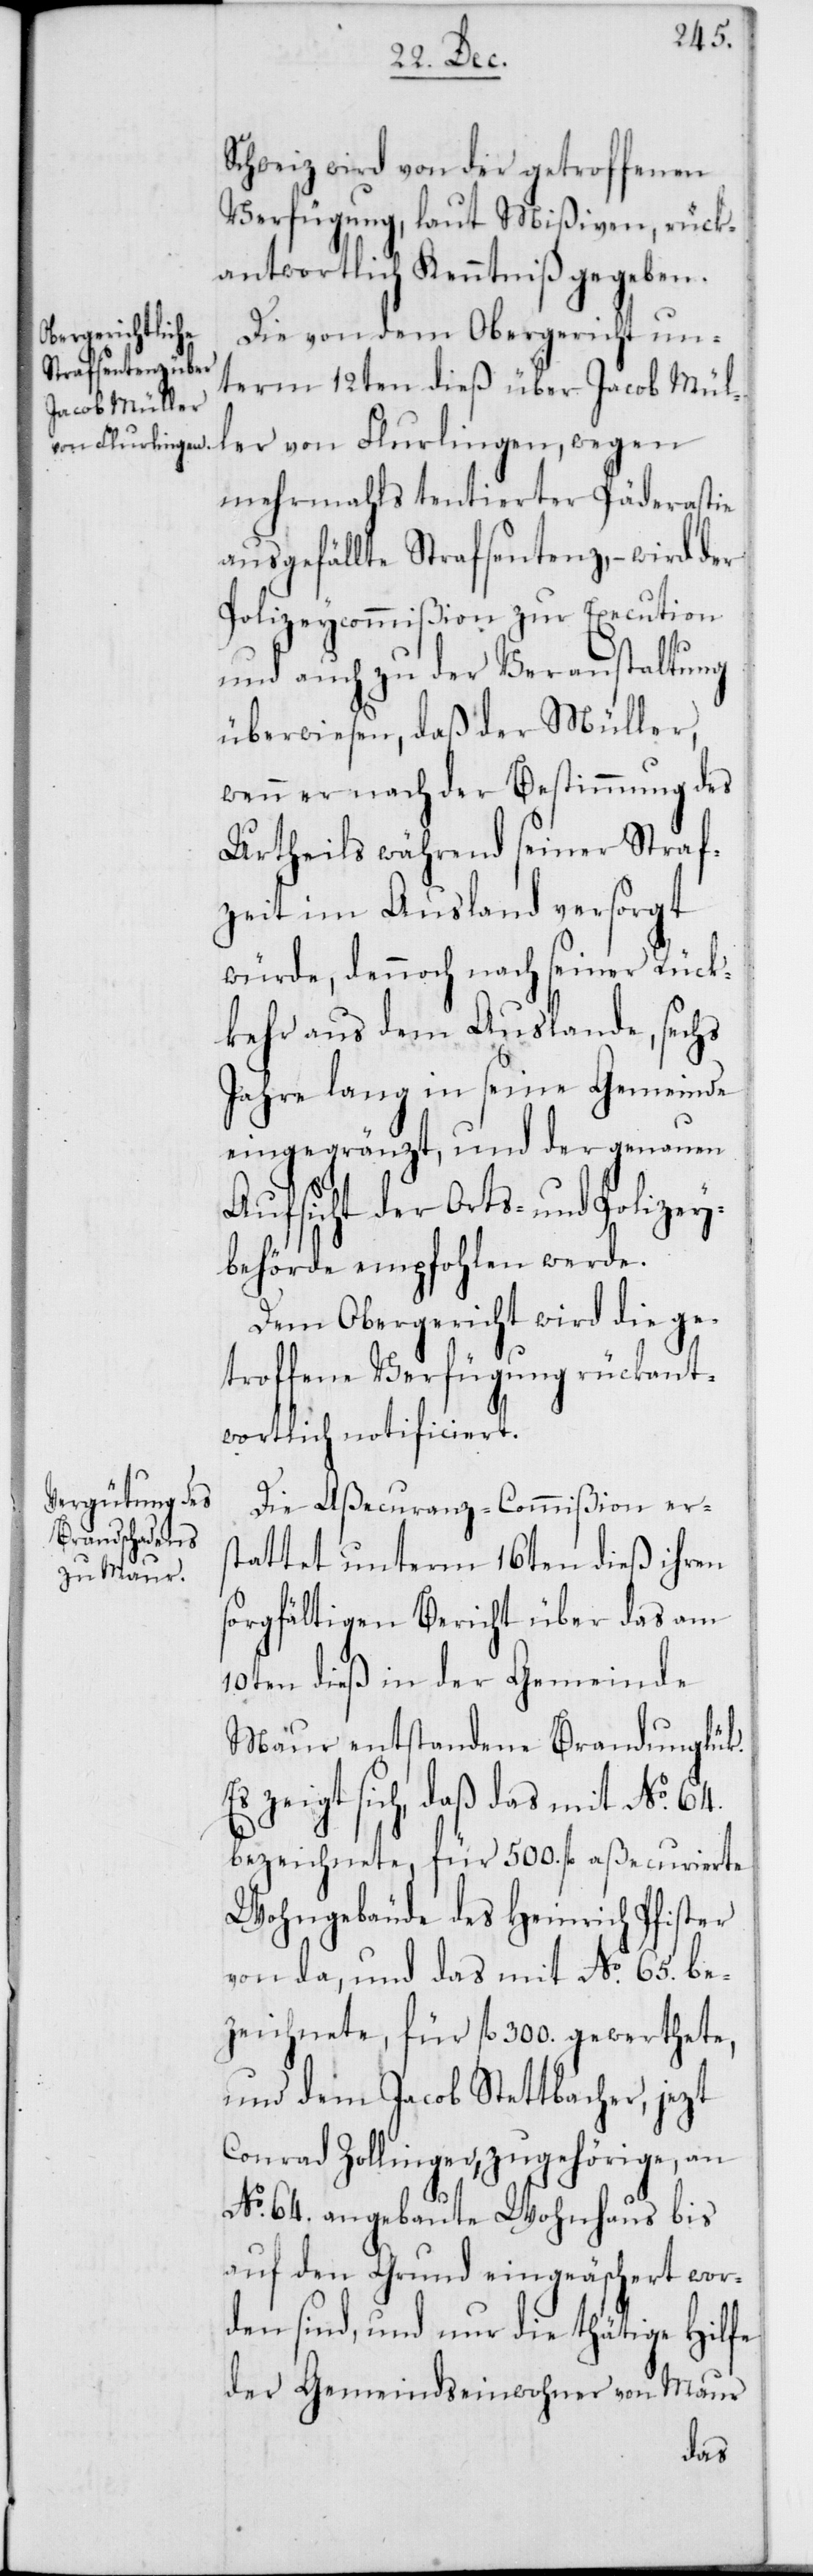
Schweiz wird von der getroffenen
Verfügung laut Mißiven, rück¬
antwortlich Kenntniß gegeben.
Die von dem Obergericht un¬
term 12ten dieß über Jacob Mül¬
ler von Flurlingen, wegen
mehrmahls tentierter Päderastie
ausgefällte Strafsentenz, – wird der
Polizeycommißion zur Execution
und auch zu der Veranstaltung
überwiesen, daß der Müller,
wenn er nach der Bestimmung des
Urtheils während seiner Straf¬
zeit im Ausland versorgt
würde, dennoch nach seiner Rück¬
kehr aus dem Auslande, sechs
Jahre lang in seine Gemeinde
eingegränzt und der genauen
Aufsicht der Orts- und Polizey¬
behörde empfohlen werde.
Dem Obergericht wird die ge¬
troffene Verfügung rückant¬
wortlich notificiert.
Die Aßecuranz-Commißion ers¬
tattet unterm 16ten dieß ihren
sorgfältigen Bericht über das am
10ten dieß in der Gemeinde
Maur entstandene Brandunglück.
Es zeigt sich, daß das mit No 64.
bezeichnete, für 500. fl. aßecurierte
Wohngebäude des Heinrich Pfister
von da, und das mit No 65. be¬
zeichnete, für fl. 300. gewerthete,
und dem Jacob Stettbacher, jezt
Conrad Zollinger, zugehörige, an
No 64. angebaute Wohnhaus bis
auf den Grund eingeäschert wor¬
den sind, und nur die thätige Hilfe
der Gemeindseinwohner von Maur